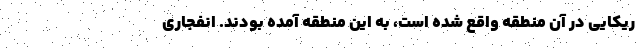
ریکایی در آن منطقه واقع شده است، به این منطقه آمده بودند. انفجاری